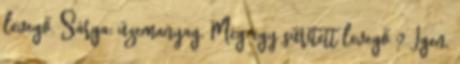
levegő. Sárga: üzemanyag. Még egy sűrített levegő ? Igen,